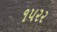
૧૫૨૨